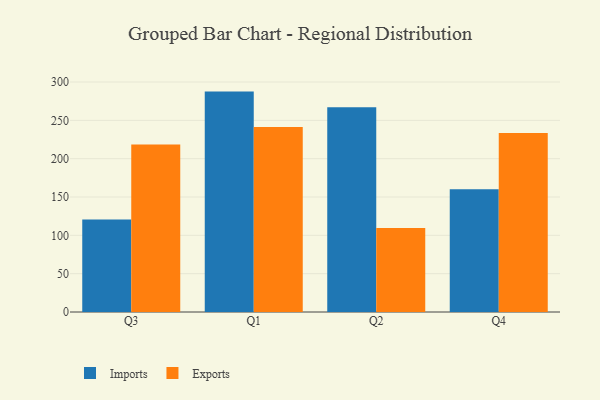
{"axis": {"x": "Quarter", "y": "Demand Index"}, "legend": ["Exports", "Imports"], "data": [{"x": "Q3", "y": 120.6, "type": "Imports"}, {"x": "Q3", "y": 218.5, "type": "Exports"}, {"x": "Q1", "y": 287.5, "type": "Imports"}, {"x": "Q1", "y": 241.3, "type": "Exports"}, {"x": "Q2", "y": 267.0, "type": "Imports"}, {"x": "Q2", "y": 109.5, "type": "Exports"}, {"x": "Q4", "y": 160.0, "type": "Imports"}, {"x": "Q4", "y": 233.4, "type": "Exports"}]}